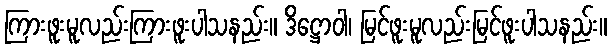
ကြားဖူးမူလည်းကြားဖူးပါသနည်း။ ဒိဋ္ဌောဝါ၊ မြင်ဖူးမူလည်းမြင်ဖူးပါသနည်း။